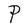
Character: P